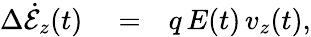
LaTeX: \begin{array}{rlr}{\Delta\dot{\mathcal{E}}_{z}(t)}&{{}=}&{q\, E(t)\, v_{z}(t),}\end{array}